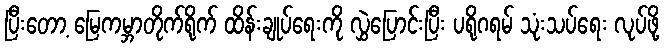
ပြီးတော့ မြေကမ္ဘာတိုက်ရိုက် ထိန်းချုပ်ရေးကို လွှဲပြောင်းပြီး ပရိုဂရမ် သုံးသပ်ရေး လုပ်ဖို့